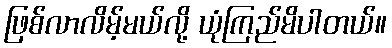
ဖြစ်လာလိမ့်မယ်လို့ ယုံကြည်မိပါတယ်။